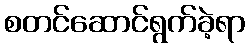
စတင်ဆောင်ရွက်ခဲ့ရာ